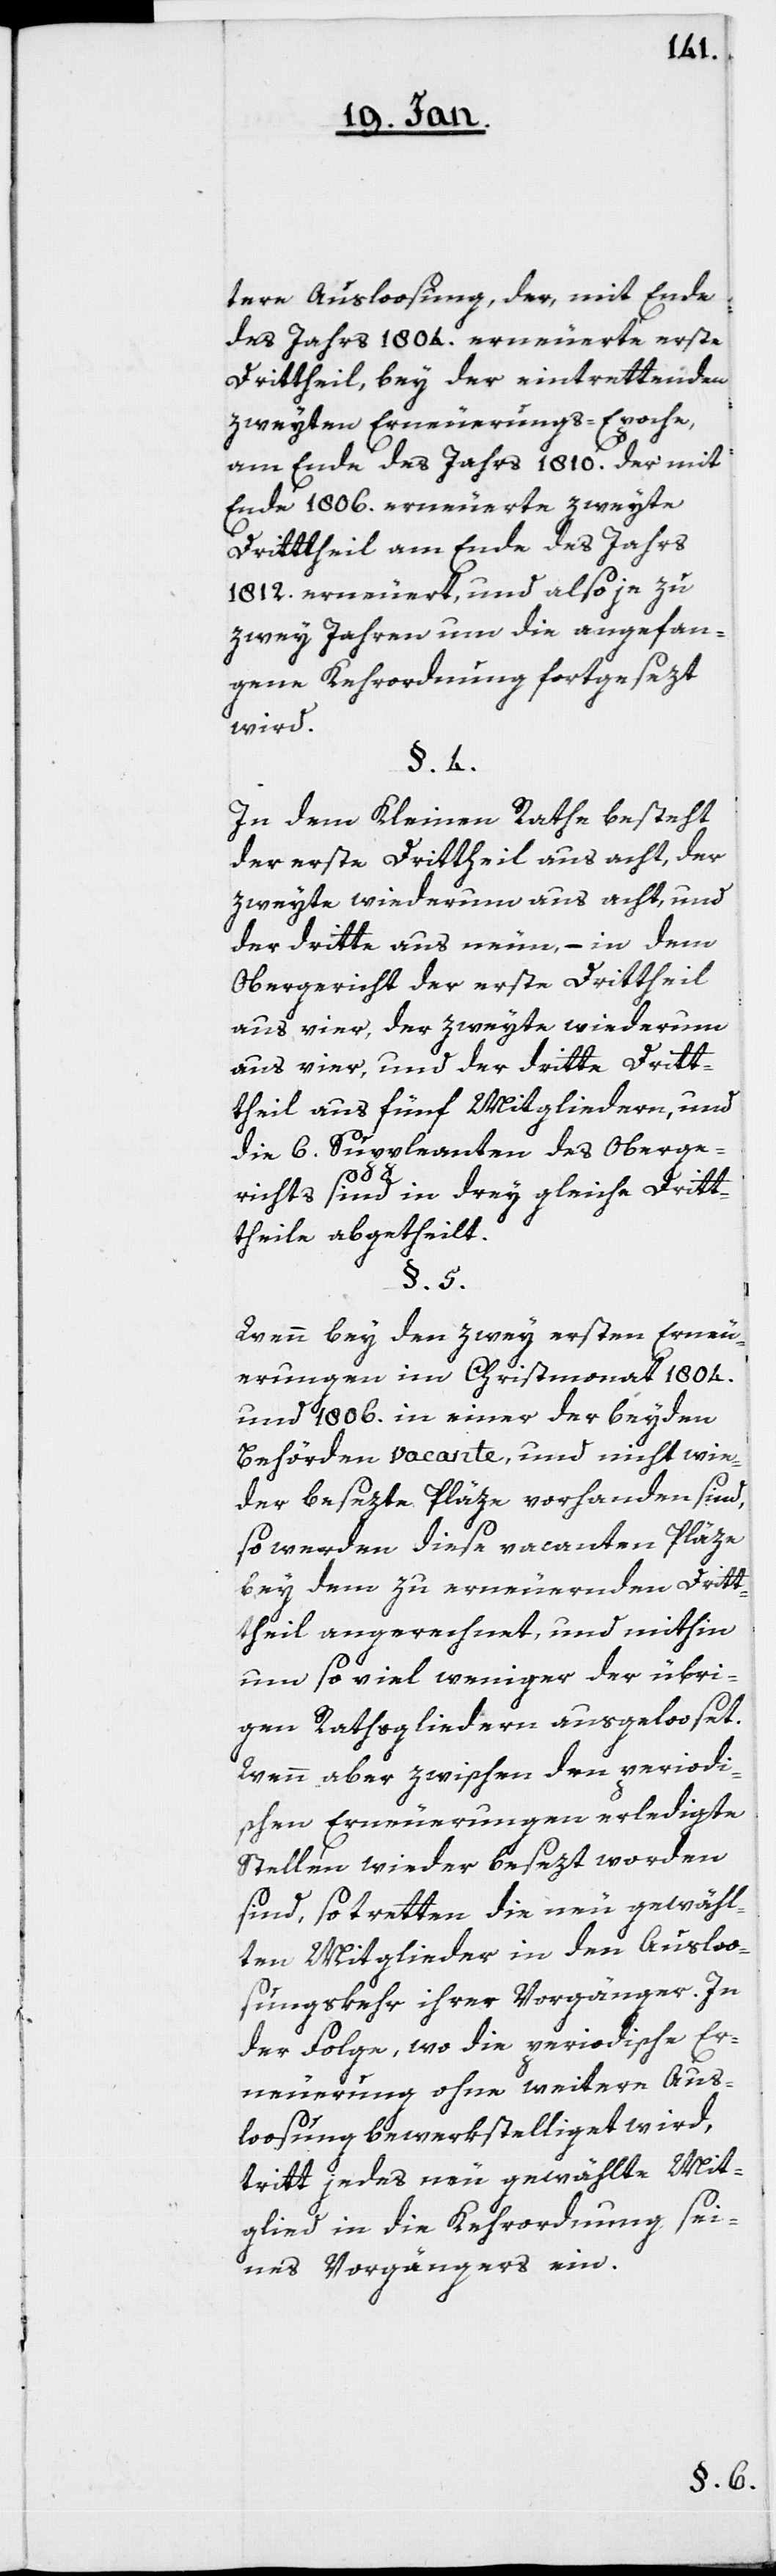
tere Ausloosung, der, mit Ende
des Jahrs 1804. erneuerte erste
Drittheil bey der eintrettenden
zweyten Erneuerungs-Epoche,
am Ende des Jahrs 1810. der mit
Ende 1806. erneuerte zweyte
Drittheil am Ende des Jahrs
1812. erneuert, und also je zu
zwey Jahren um die angefan¬
gene Kehrordnung fortgesezt
wird.
§. 4.
In dem Kleinen Rathe besteht
der erste Drittheil aus acht, der
zweite wiederum aus acht und
der dritte aus neun, – in dem
Obergericht der erste Drittheil
aus vier, der zweyte wiederum
aus vier und der dritte Drit¬
theil aus fünf Mitgliedern, und
die 6. Suppleanten des Oberge¬
richts sind in drey gleiche Drit¬
theile abgetheilt.
§. 5.
Wenn bey den zwey ersten Erneu¬
erungen im Christmonat 1804.
und 1806. in einer der beyden
Behörden vacante, und nicht wie¬
der besezte Pläze vorhanden sind,
so werden diese vacanten Pläze
bey dem zu erneuernden Dritt¬
heil angerechnet, und mithin
um so viel weniger der übri¬
gen Rathsgliedern ausgelooset.
Wenn aber zwischen den periodi¬
schen Erneuerungen erledigte
Stellen wieder besezt worden
sind, so tretten die neu gewähl¬
ten Mitglieder in den Auslos¬
ungskehr ihrer Vorgänger. In
der Folge, wo die periodische Er¬
neuerung ohne weitere Aus¬
loosung bewerkstelliget wird,
tritt jedes neu gewählte Mit¬
glied in die Kehrordnung sei¬
nes Vorgängers ein.